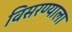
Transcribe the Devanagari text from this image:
विसरण्याला